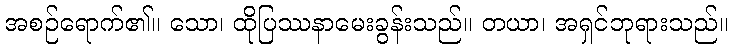
အစဉ်ရောက်၏။ သော၊ ထိုပြဿနာမေးခွန်းသည်။ တယာ၊ အရှင်ဘုရားသည်။